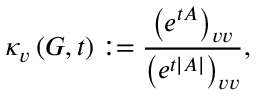
\kappa _ { v } \left( G , t \right) : = \frac { \left( e ^ { t A } \right) _ { v v } } { \left( e ^ { t | A | } \right) _ { v v } } ,